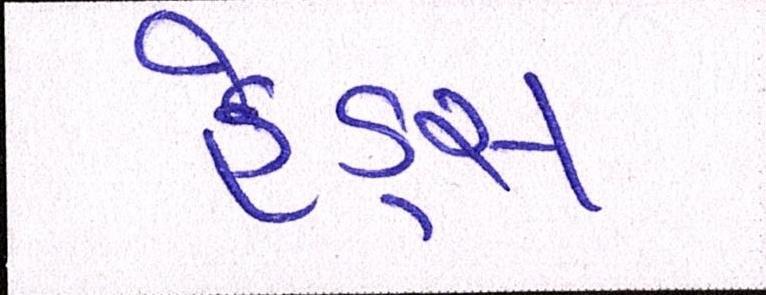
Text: હેડ્સ